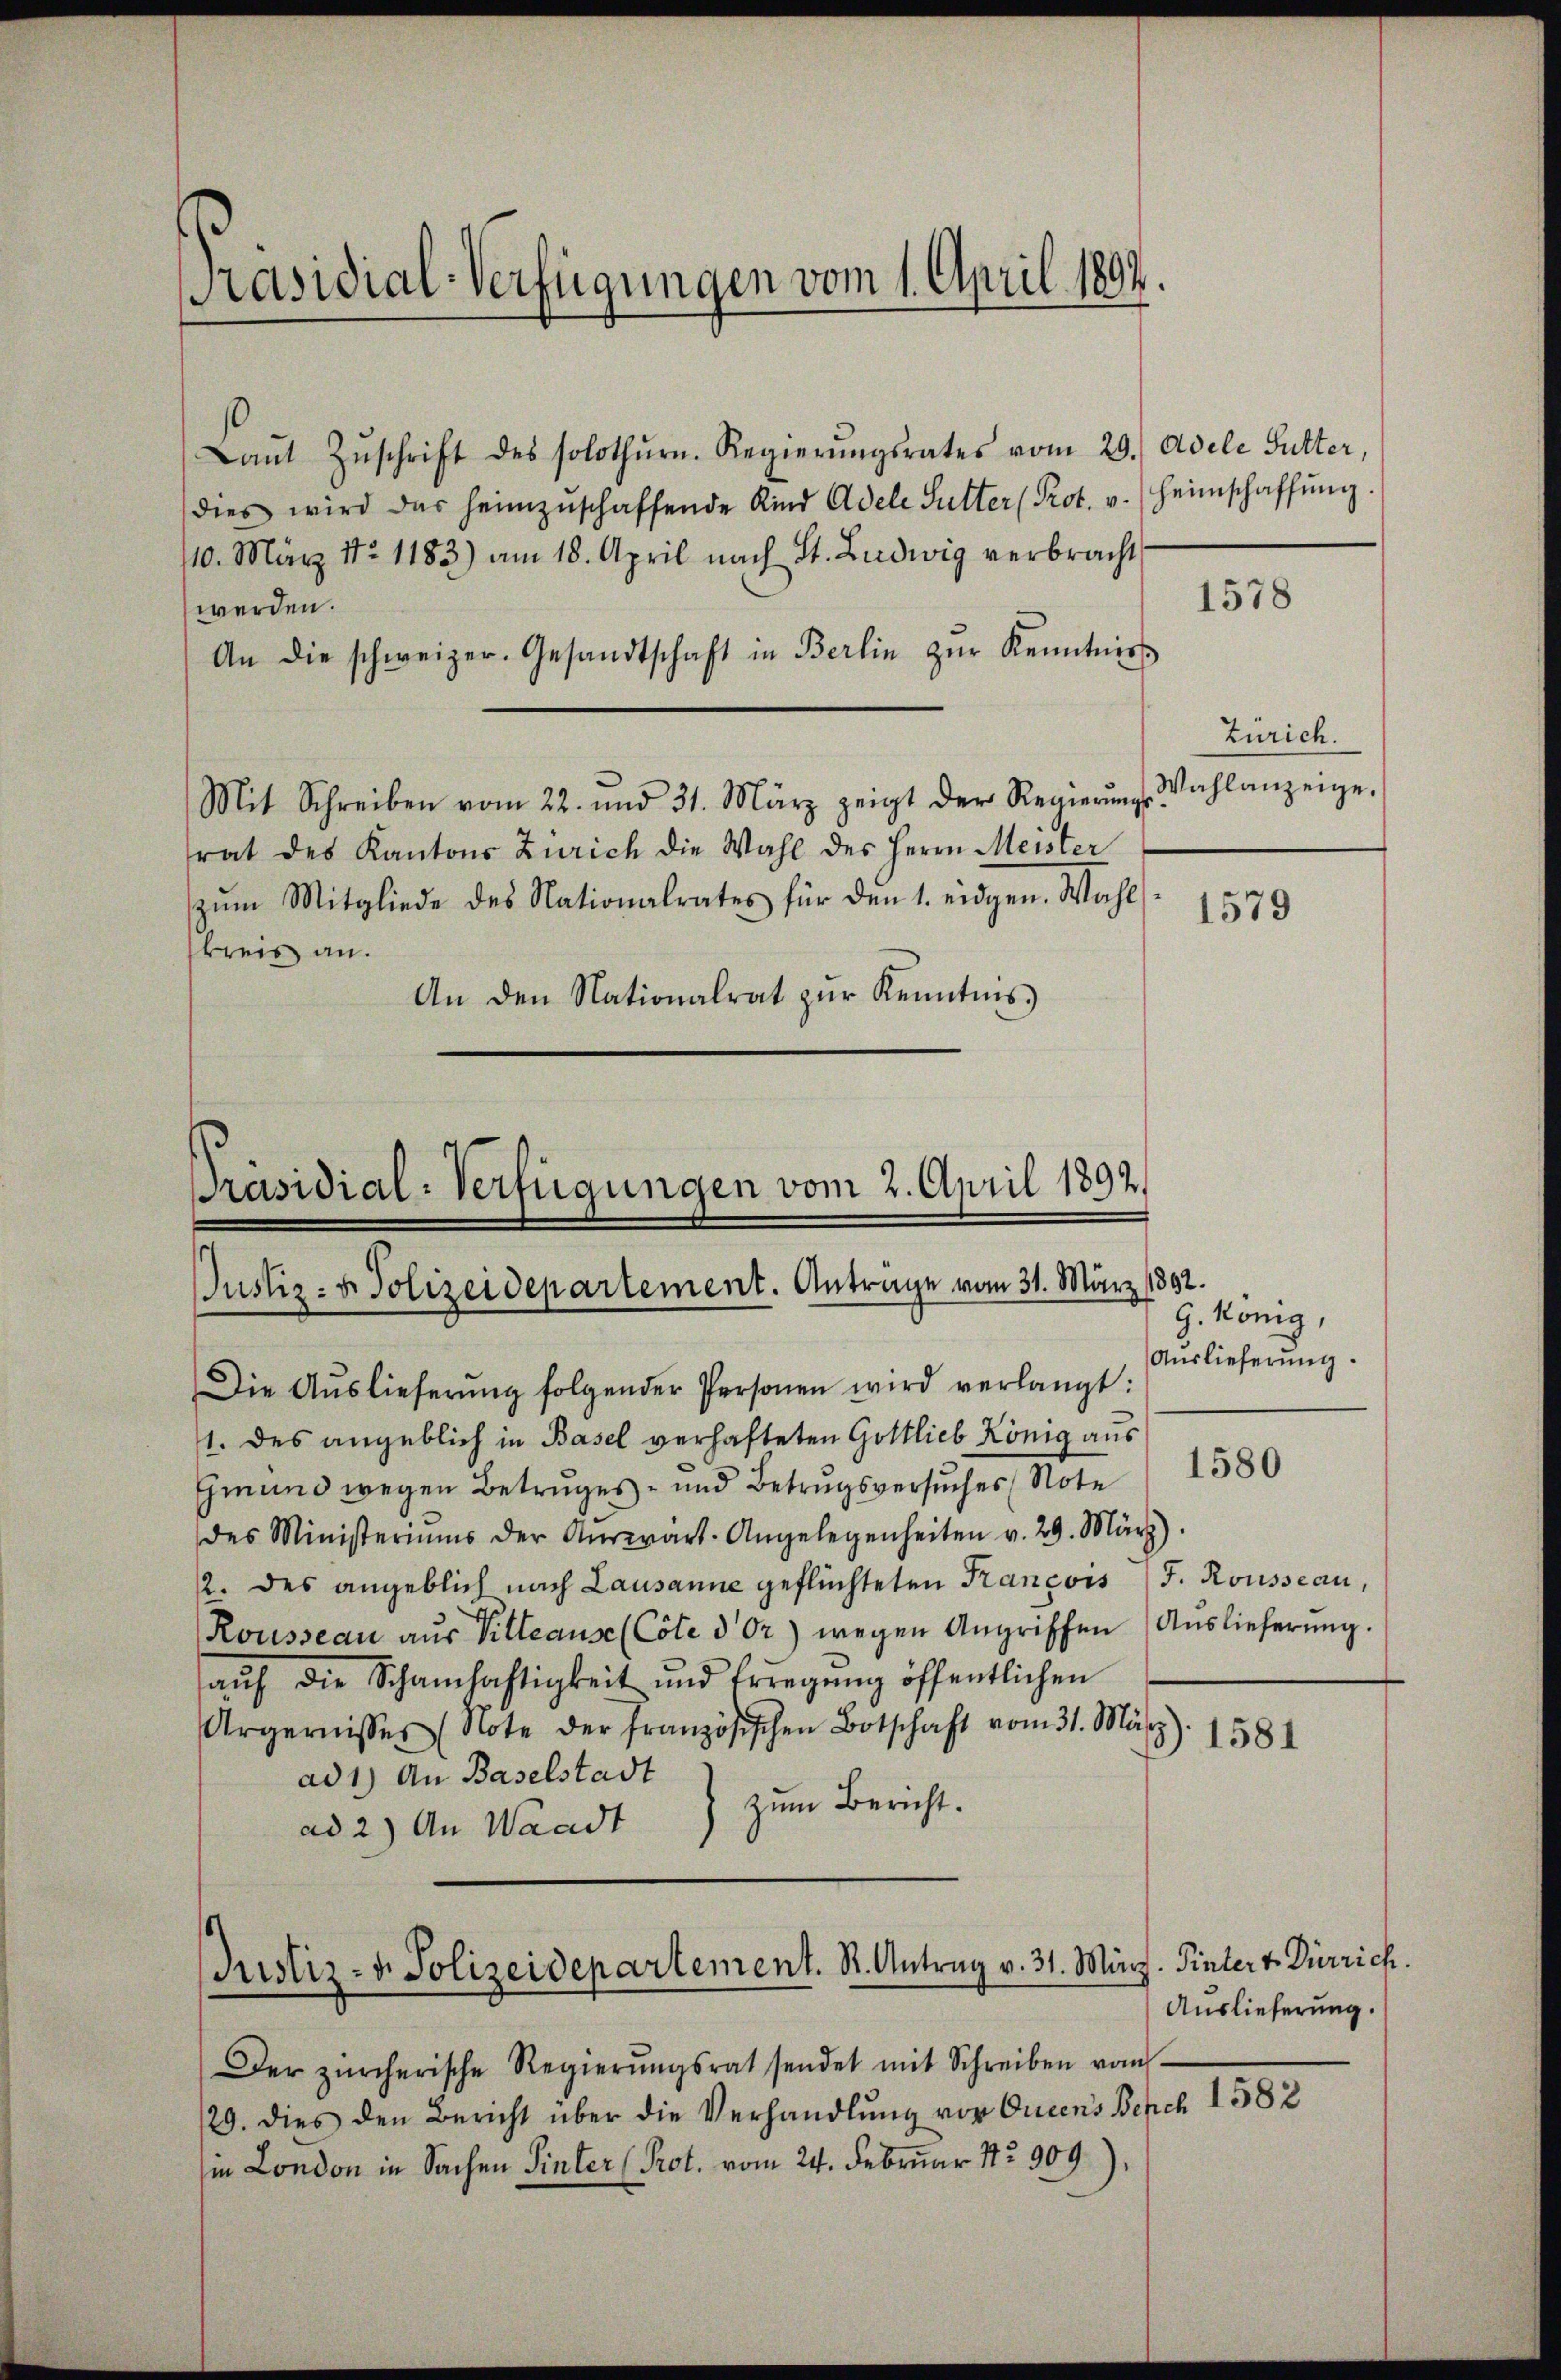
[Präsidial-Verfügungen vom 1. April 1892.

Laŭt Zŭschrift des solothŭrn. Regierŭngsrates vom 29. Adele Futter,
dies wird das heimzŭschaffende Kind Adele Sutter (Prot. v. Heimschaffŭng
110. März No 1183) am 18. April nach St. Ludwig verbracht
werden.
An die schweizer. Gesandtschaft in Berlin zŭr Kenntniss
Mit Schreiben vom 22. und 31. März zeigt der Regierŭngs-
rat des Kantons Zürich die Wahl des Herrn Meister
zŭm Mitgliede des Nationalrates für den 1. eidgen. Wahl
kreis an.
An den Nationalrat zŭr Kenntnis
Die Aŭslieferŭng folgender Personen wird verlangt:
1. des angeblich in Basel verhafteten Gottlieb König aus
Gmund wegen Betruges- und Betrugsversuches Note
des Ministeriums der Aŭswart. Angelegenheiten v. 29. März).
2. des angeblich nach Lausanne geflüchteten Krancois J. Rousseau,
Rousseau aus Villeause (Cote dor) wegen Angriffen Auslieferŭng.
aŭf die Schamhaftigkeit und Erregŭng öffentlichen
Ärgernisses (Note der französischen Botschaft vom 31. März): 1581
ad 1) An Baselstadt
zum Bericht.
ad 2.) An Waadt

Präsidial-Verfügungen vom 2. April 1892.

Justiz- u. Polizeidepartement. K. Antrag v. 31. März. Hinter v. Dürrich.

Der zürcherische Regierŭngsrat sendet mit Schreiben vom
/29. dies den Bericht über die Verhandlung vor Oucens Besch 1582
i London in Sachen Sinter (Prot. vom 24. Februar 172909).

Zürich.
Wahlanzeige.

G. König,
Auslieferung.

1578

1579

1580

Auslieferung.